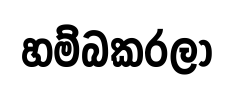
හම්බකරලා